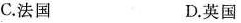
C.法国 D.英国